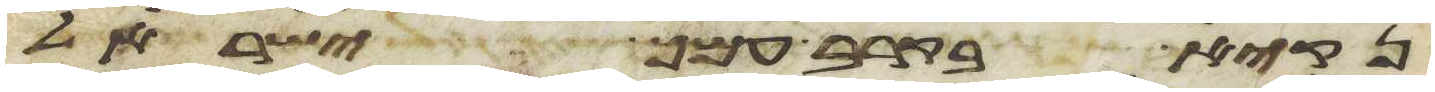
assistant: נקיא בקרב עמך ישראל